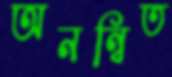
অনন্বিত